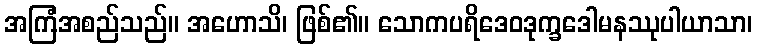
အကြံအစည်သည်။ အဟောသိ၊ ဖြစ်၏။ သောကပရိဒေဝဒုက္ခဒေါမနဿုပါယာသာ၊